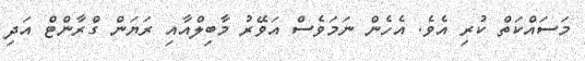
މަސައްކަތް ކުރި އެވެ. އެހެން ނަމަވެސް އަވޭރު މާބިލްއާއި ރަޔަން ގްރާންޓް އަދި